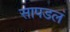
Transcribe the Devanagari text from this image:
सापडलं